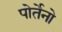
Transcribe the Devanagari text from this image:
पोर्तेनो